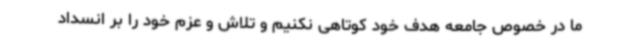
ما در خصوص جامعه هدف خود کوتاهی نکنیم و تلاش و عزم خود را بر انسداد